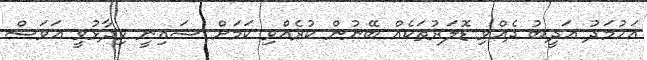
އަހުމަދު އަދީބު ދެއްވި ޑޮލަރުތަކެއް ބޭނުން ކުރެއްވި ކަމަށް ޝައިނީ ވިދާޅުވީ އަވަސް